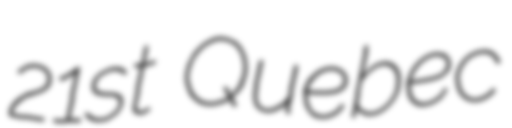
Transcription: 21st Quebec